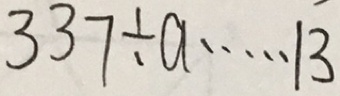
3 3 7 \div a \cdots 1 3